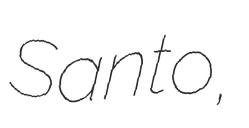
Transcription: Santo,